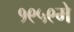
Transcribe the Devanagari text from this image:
१९५९मे